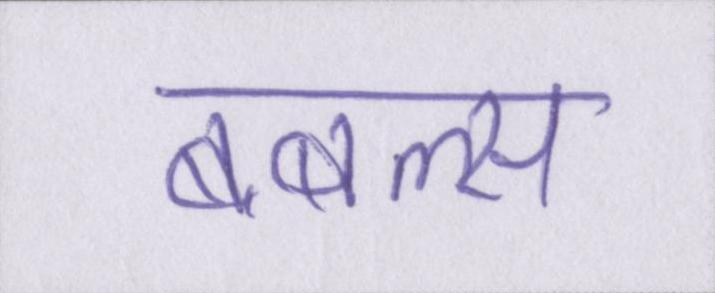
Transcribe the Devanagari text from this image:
बबल्स